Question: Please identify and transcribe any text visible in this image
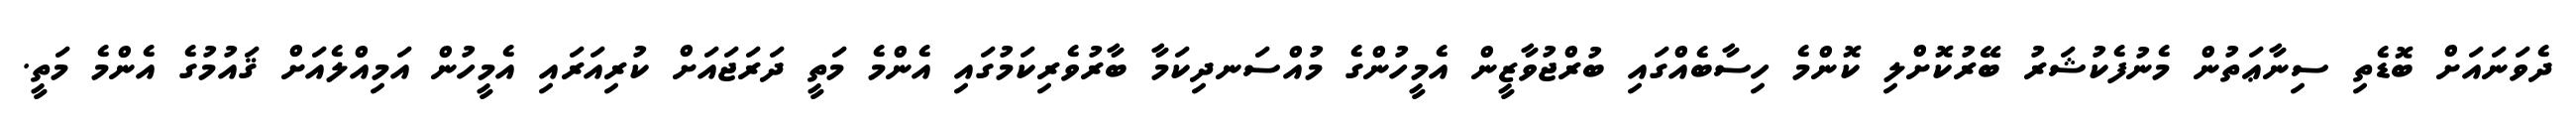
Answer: ދެވަނައަށް ބޮޑެތި ސިނާޢަތުން މެނުފެކުޝަރު ބޭރުކޮށްލި ކޮންމެ ހިސާބެއްގައި ބުރްޖުވާޒީން އެމީހުންގެ މުއްސަނދިކަމާ ބާރުވެރިކަމުގައި އެންމެ މަތީ ދަރަޖައަށް ކުރިއަރައި އެމީހުން އަމިއްލެއަށް ޤައުމުގެ އެންމެ މަތީ.